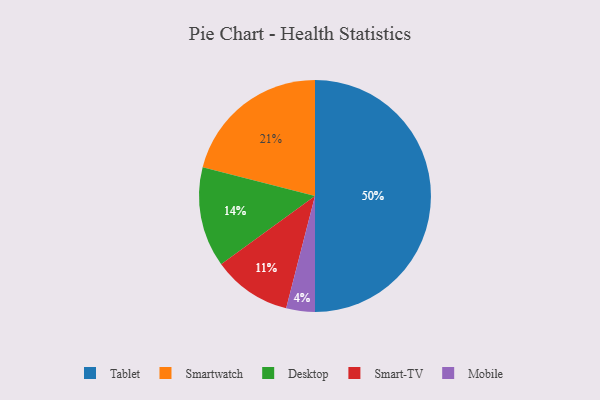
{"axis": {"x": "Category", "y": "Percentage"}, "legend": ["Desktop", "Mobile", "Smart-TV", "Smartwatch", "Tablet"], "data": [{"x": "Desktop", "y": 14, "type": "Desktop"}, {"x": "Smartwatch", "y": 21, "type": "Smartwatch"}, {"x": "Smart-TV", "y": 11, "type": "Smart-TV"}, {"x": "Tablet", "y": 50, "type": "Tablet"}, {"x": "Mobile", "y": 4, "type": "Mobile"}]}